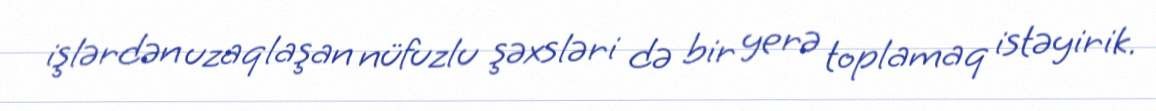
işlərdən uzaqlaşan nüfuzlu şəxsləri də bir yerə toplamaq istəyirik.